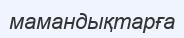
мамандықтарға